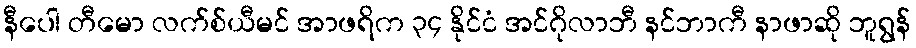
နီပေါ တီမော လက်စ်ယီမင် အာဖရိက ၃၄ နိုင်ငံ အင်ဂိုလာဘီ နင်ဘာကီ နာဖာဆို ဘူရွန်